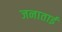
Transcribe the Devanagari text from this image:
जनाताई